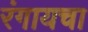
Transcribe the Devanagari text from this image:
रंगायचा